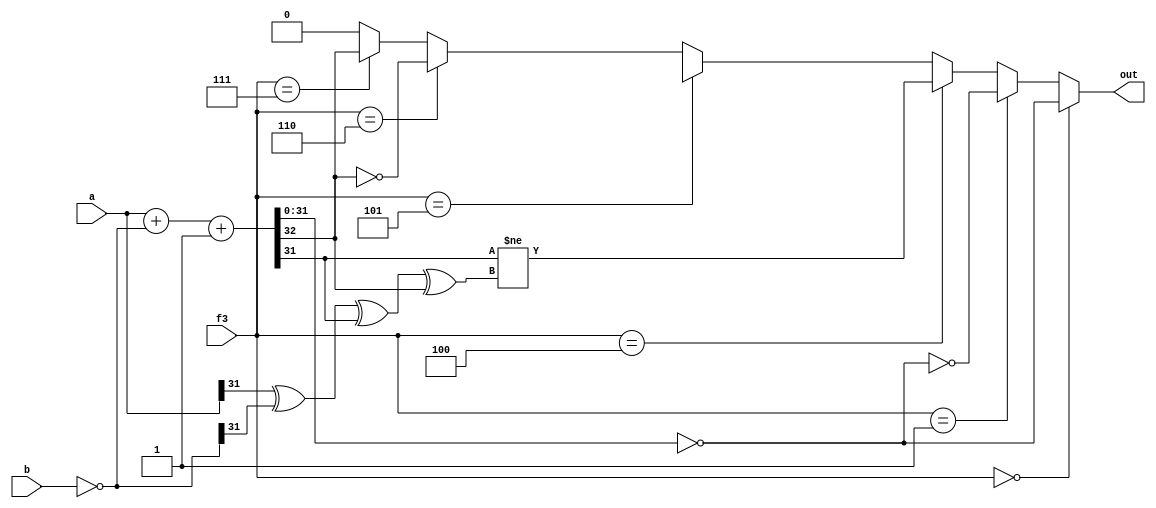
module BCU(
input [2:0] f3,
input [31:0] a,
input [31:0] b,
output out
);
wire cf,zf,sf,vf;
wire [31:0] add,op_b;
assign op_b = (~b);
assign {cf, add} =(a + op_b + 1'b1);

assign zf = (add == 0);
assign sf = add[31];
assign vf = (a[31] ^ (op_b[31]) ^ add[31] ^ cf);
wire Beq,Bne,Blt,Bge,Bltu,Bgeu;
assign Beq = (zf==1);
assign Bne = (zf==0);
assign Bltu = (cf==0);
assign Bgeu = (cf==1);
assign Blt = (sf!=vf);
assign Bgt = (sf==vf);
assign out = (f3==0)?Beq:(f3==1)?Bne:(f3==4)?Blt:(f3==5)?Bge:(f3==6)?Bltu:(f3==7)?Bgeu:0;
endmodule